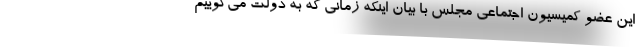
این عضو کمیسیون اجتماعی مجلس با بیان اینکه زمانی که به دولت می‌گوییم